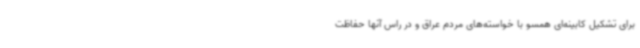
برای تشکیل کابینه‌ای همسو با خواسته‌های مردم عراق و در راس آنها حفاظت